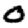
Digit: 0